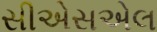
સીએસએલ